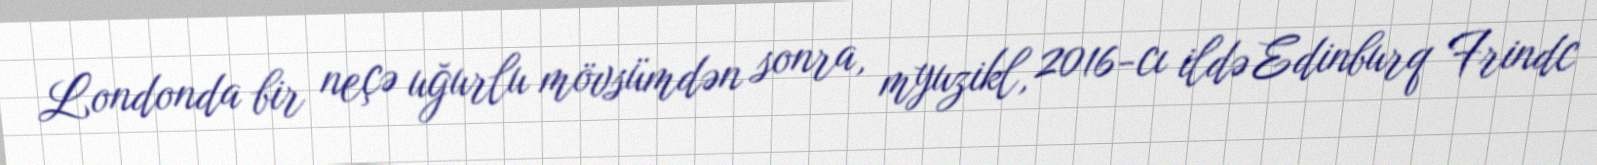
Londonda bir neçə uğurlu mövsümdən sonra, myuzikl, 2016-cı ildə Edinburq Frindc